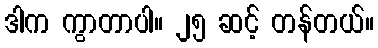
ဒါက ကွာတာပါ။ ၂၅ ဆင့် တန်တယ်။